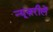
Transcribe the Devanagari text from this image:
न्यूज़रीलें